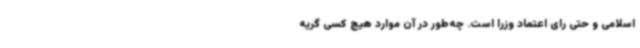
اسلامی و حتی رای اعتماد وزرا است. چه‌طور در آن موارد هیچ کسی گریه